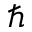
\hbar